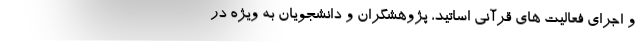
و اجرای فعالیت های قرآنی اساتید، پژوهشگران و دانشجویان به ویژه در